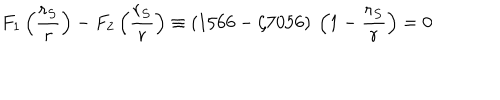
LaTeX: F _ { 1 } \left( \frac { r _ { S } } { r } \right) - F _ { 2 } \left( \frac { r _ { S } } { r } \right) \equiv \left( 1 5 6 6 - \zeta 7 0 5 6 \right) \: \left( 1 - \frac { r _ { S } } { r } \right) = 0